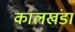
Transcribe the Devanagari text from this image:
कालखंडा